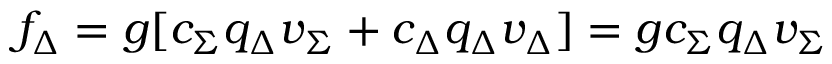
f _ { \Delta } = g [ c _ { \Sigma } q _ { \Delta } v _ { \Sigma } + c _ { \Delta } q _ { \Delta } v _ { \Delta } ] = g c _ { \Sigma } q _ { \Delta } v _ { \Sigma }